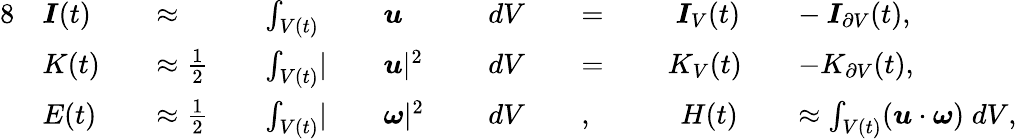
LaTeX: \begin{array}{rlrlrlrlrlrlrlrl}{{8}}&{\boldsymbol{I}(t)}&&{\approx}&&{\int_{V(t)}}&&{\boldsymbol{u}}&&{dV}&&{=\; }&&{\; \boldsymbol{I}_{V}(t)}&&{-\: \boldsymbol{I}_{\partial V}(t),}\\ &{K(t)}&&{\approx\frac{1}{2}}&&{\int_{V(t)}\lvert}&&{\boldsymbol{u}\rvert^{2}}&&{dV}&&{=\; }&&{K_{V}(t)}&&{-K_{\partial V}(t),}\\ &{E(t)}&&{\approx\frac{1}{2}}&&{\int_{V(t)}\lvert}&&{\boldsymbol{\omega}\rvert^{2}\; }&&{dV}&&{,}&&{\; \, H(t)}&&{\approx\int_{V(t)}(\boldsymbol{u}\cdot\boldsymbol{\omega})\; dV,}\end{array}